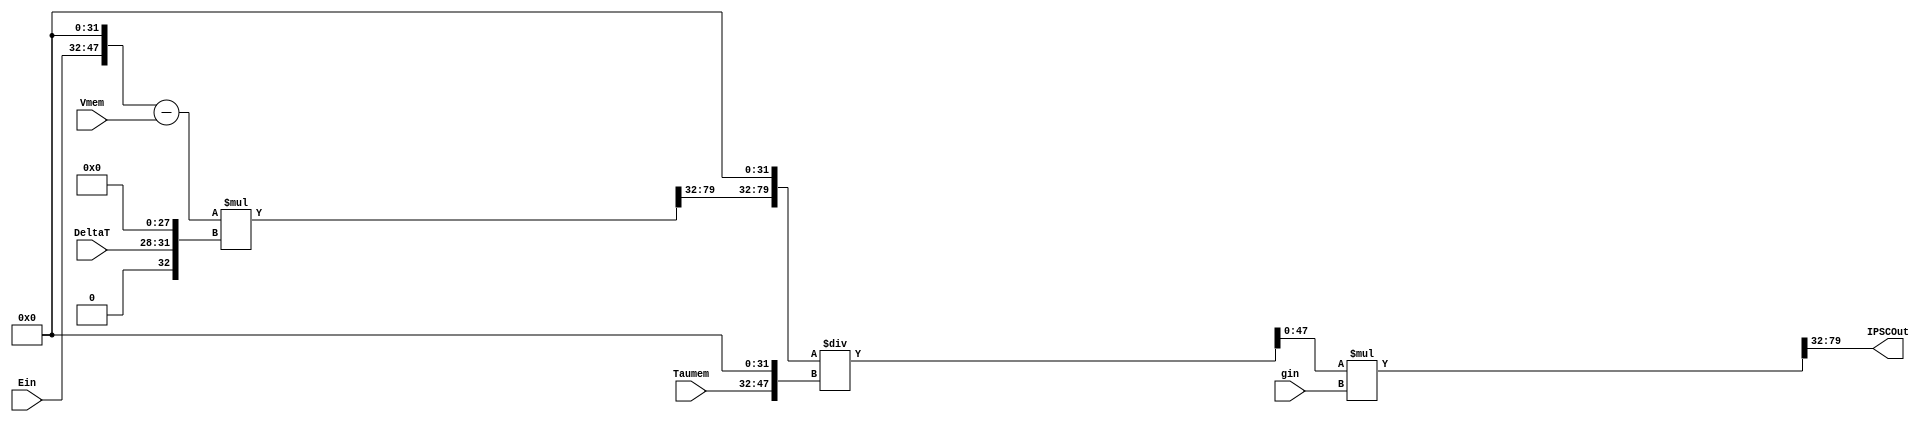
/*
-----------------------------------------------------
| Created on: 12.07.2018		            							
| Author: Saunak Saha				    
|                                                   
| Department of Electrical and Computer Engineering 
| Iowa State University                             
-----------------------------------------------------
*/


`timescale 1ns/1ns
module IPSCUnit
#(
	parameter INTEGER_WIDTH = 16, 
	parameter DATA_WIDTH_FRAC = 32, 
	parameter DATA_WIDTH = INTEGER_WIDTH + DATA_WIDTH_FRAC, 
	parameter DELTAT_WIDTH = 4
)
(

	input wire signed [(INTEGER_WIDTH-1):0] Ein,
	input wire signed [(DATA_WIDTH-1):0] Vmem,
	input wire signed [(DATA_WIDTH-1):0] gin,
	input wire signed [(DELTAT_WIDTH-1):0] DeltaT,
	input wire signed [(INTEGER_WIDTH-1):0] Taumem,
	

	output wire signed [(DATA_WIDTH-1):0] IPSCOut
);


	//Intermediate Values:
	wire signed [(INTEGER_WIDTH-1):0] Mult1Result_Int, Mult2Result_Int;
	wire signed [(DATA_WIDTH_FRAC-1):0] Mult1Result_Frac, Mult2Result_Frac;
	wire signed [(DATA_WIDTH-1):0] Ein_Extended, DeltaT_Extended, Mult1Result, Mult2Result, Taumem_Extended, Quotient;
	wire signed [(DATA_WIDTH + DATA_WIDTH_FRAC - 1):0] Dividend;

	wire signed [(DATA_WIDTH-1):0] V1;
	wire signed [(2*DATA_WIDTH -1):0] V2,V4;
	wire signed [(DATA_WIDTH + DATA_WIDTH_FRAC - 1):0] V3;



	//Wire Select and/or padding for Fixed-point Arithmetic
	assign Ein_Extended = {Ein, {DATA_WIDTH_FRAC{1'b0}}};								//pad fractional bits
	assign DeltaT_Extended = {{INTEGER_WIDTH{1'b0}},DeltaT,{DATA_WIDTH_FRAC-DELTAT_WIDTH{1'b0}}};			//pad integer bits and rest of fractional bits 
	assign Mult1Result_Int = V2[(DATA_WIDTH + DATA_WIDTH_FRAC - 1):(DATA_WIDTH + DATA_WIDTH_FRAC - INTEGER_WIDTH)];	//take lower <INTEGER_WIDTH> integer bits of product
	assign Mult1Result_Frac = V2[(DATA_WIDTH + DATA_WIDTH_FRAC - INTEGER_WIDTH - 1):DATA_WIDTH_FRAC];		//take higher <DATA_WIDTH_FRAC> frac bits of product
	assign Mult1Result = {Mult1Result_Int,Mult1Result_Frac};							//concatenate to form product in given format
	assign Mult2Result_Int = V4[(DATA_WIDTH + DATA_WIDTH_FRAC - 1):(DATA_WIDTH + DATA_WIDTH_FRAC - INTEGER_WIDTH)];	//take lower <INTEGER_WIDTH> integer bits of product
	assign Mult2Result_Frac = V4[(DATA_WIDTH + DATA_WIDTH_FRAC - INTEGER_WIDTH - 1):DATA_WIDTH_FRAC];		//take higher <DATA_WIDTH_FRAC> frac bits of product
	assign Mult2Result = {Mult2Result_Int,Mult2Result_Frac}; 							//concatenate to form product in given format
	assign Taumem_Extended = {Taumem, {DATA_WIDTH_FRAC{1'b0}}};							//pad fractional bits
	assign Dividend = {Mult1Result,{DATA_WIDTH_FRAC{1'b0}}};								//shift by all decimal places before division
	assign Quotient = V3[(DATA_WIDTH-1):0];										//take lower <DATA_WIDTH> bits of Division result





	//Combinational Computation
	assign V1 = Ein_Extended - Vmem;
	assign V2 = V1*DeltaT_Extended;
	assign V3 = Dividend/Taumem_Extended;
	assign V4 = Quotient*gin;
	assign IPSCOut = Mult2Result;


	endmodule